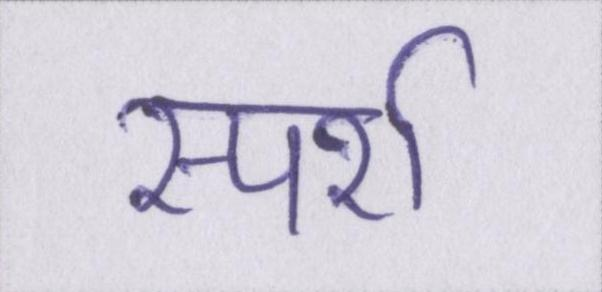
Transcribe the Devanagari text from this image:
स्पर्श